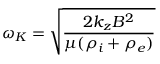
\omega _ { K } = { \sqrt { \frac { 2 k _ { z } B ^ { 2 } } { \mu ( \rho _ { i } + \rho _ { e } ) } } }